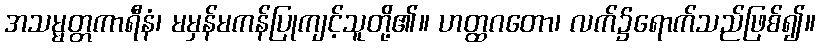
အသမ္မတ္တကာရီနံ၊ မမှန်မကန်ပြုကျင့်သူတို့၏။ ဟတ္ထဂတော၊ လက်၌ရောက်သည်ဖြစ်၍။